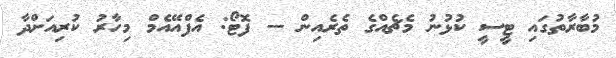
މުބާރާތުގައި ޓީސީ ކުޅުނު މެޗެއްގެ ތެރެއިން -- ފޮޓޯ: އެފްއޭއެމް މިހާރު ކުރިއަށްދާ